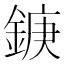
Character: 𮢘